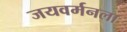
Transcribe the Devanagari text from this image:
जयवर्मनला